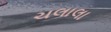
ચલાલા